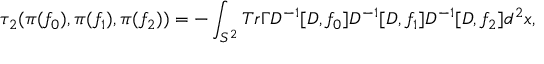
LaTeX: { \tau } _ { 2 } ( { \pi } ( f _ { 0 } ) , { \pi } ( f _ { 1 } ) , { \pi } ( f _ { 2 } ) ) = - \int _ { S ^ { 2 } } T r { \Gamma } D ^ { - 1 } [ D , f _ { 0 } ] D ^ { - 1 } [ D , f _ { 1 } ] D ^ { - 1 } [ D , f _ { 2 } ] d ^ { 2 } x ,